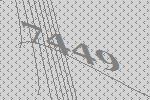
7449